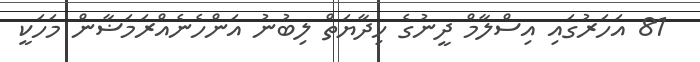
81 އަހަރުގައި އިސްލާމް ދީނުގެ ހިދާޔަތް ލިބުނު އަންހެނެއްރަމަޟާން މަހަކީ